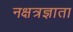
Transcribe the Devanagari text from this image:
नक्षत्रज्ञाता